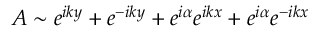
A \sim e ^ { i k y } + e ^ { - i k y } + e ^ { i \alpha } e ^ { i k x } + e ^ { i \alpha } e ^ { - i k x }